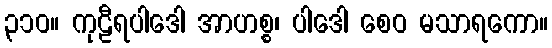
၃၁၀။ ကုဠီရပါဒေါ အာဟစ္စ၊ ပါဒေါ စေဝ မသာရကော။